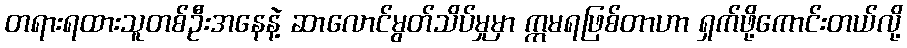
တရားရထားသူတစ်ဦးအနေနဲ့ ဆာလောင်မွတ်သိပ်မှုမှာ ဣမရဖြစ်တာဟာ ရှက်ဖို့ကောင်းတယ်လို့